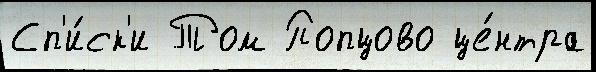
Сп'и́ск'и Том Попцово це́нтра